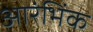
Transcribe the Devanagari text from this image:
आरंभिंक